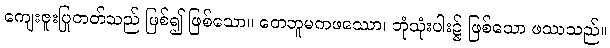
ကျေးဇူးပြုတတ်သည် ဖြစ်၍ ဖြစ်သော။ တေဘူမကဖဿော၊ ဘုံသုံးပါး၌ ဖြစ်သော ဖဿသည်။